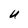
Character: U